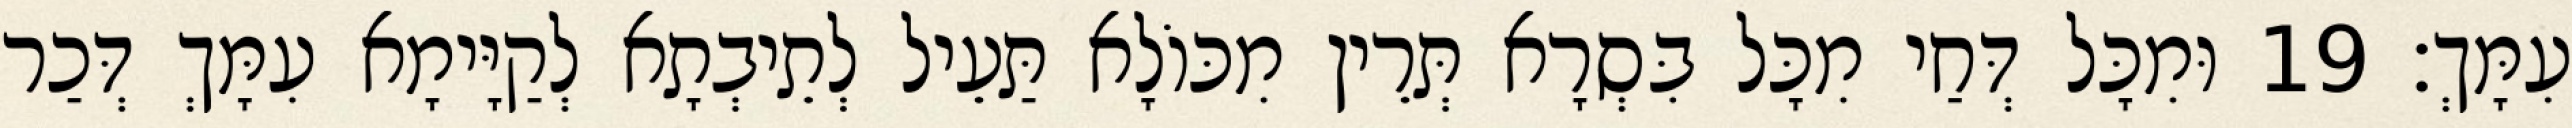
עִמָּךְ׃ 19 וּמִכָּל דְּחַי מִכָּל בִּסְרָא תְּרֵין מִכּוֹלָא תַּעֵיל לְתֵיבְתָא לְקַיָּימָא עִמָּךְ דְּכַר